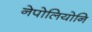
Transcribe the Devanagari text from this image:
नेपोलियोनि